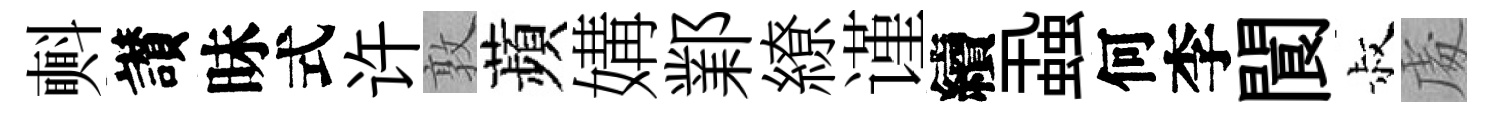
㪺讃昧式许敦蘋媾鄴繚谨續蝨何李閬叔䖏